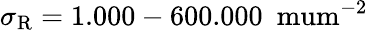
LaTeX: \sigma_{\mathrm{R}}=1.000-600.000~\mathrm{{\ mum^{-2}}}